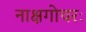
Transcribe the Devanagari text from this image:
नाक्षगोचरः